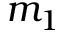
m _ { 1 }